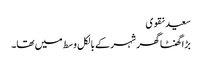
سعید نقوی
بڑا گھنٹا گھر شہر کے بالکل وسط میں تھا۔